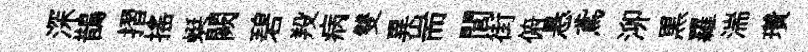
深鵲摺摇蜓闕碧羖病雙異耑閭街俯悬鳶泖黒羅湍瓚